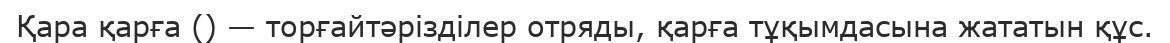
Қара қарға () — торғайтәрізділер отряды, қарға тұқымдасына жататын құс.